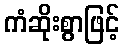
ကံဆိုးစွာဖြင့်